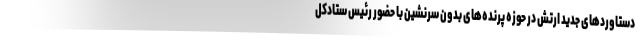
دستاوردهای جدید ارتش در حوزه پرنده‌های بدون سرنشین با حضور رئیس ستادکل